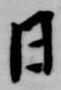
日